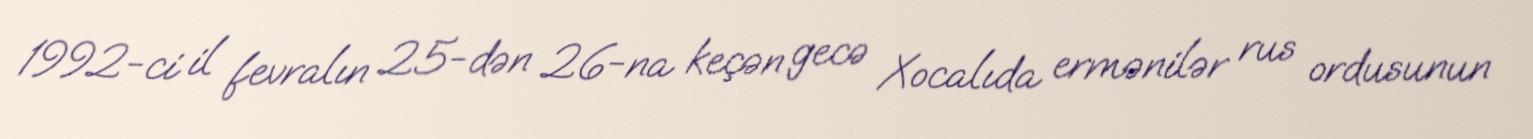
1992-ci il fevralın 25-dən 26-na keçən gecə Xocalıda ermənilər rus ordusunun